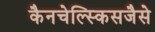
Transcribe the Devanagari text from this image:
कैनचेल्स्किसजैसे